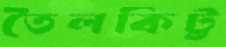
তৈলকিট্ট